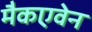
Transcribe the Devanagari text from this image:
मैकएवेन